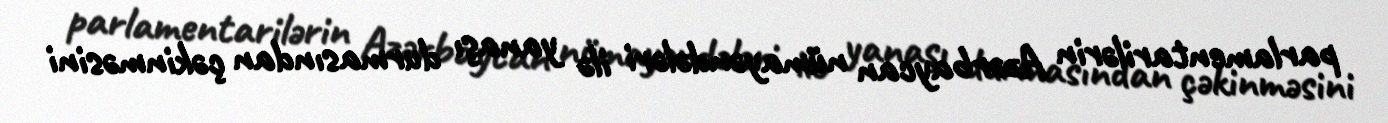
parlamentarilərin Azərbaycan nümayəndələri ilə yanaşı durmasından çəkinməsini